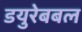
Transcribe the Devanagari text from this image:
डयुरेबबल